Indian journal of veterinary science and animal husbandry - Volume 3,
Year: 1933
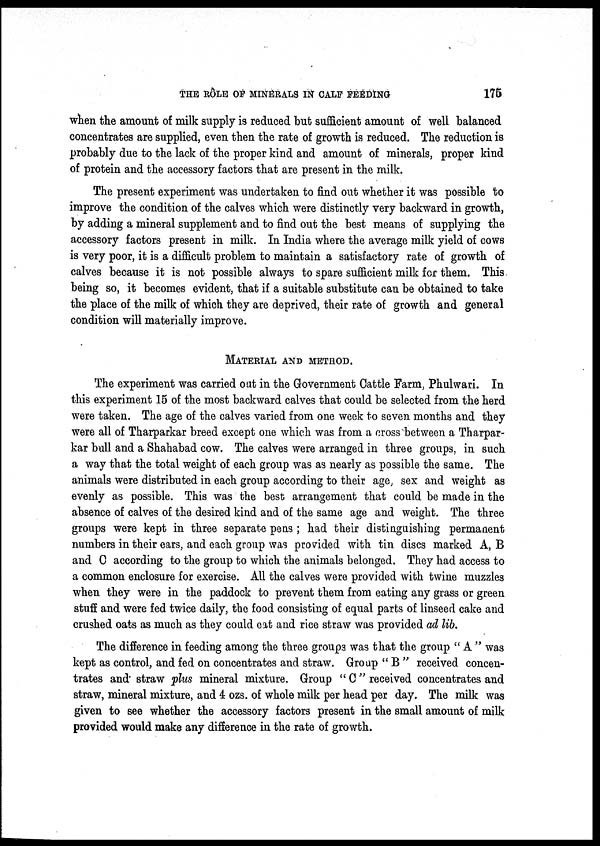
THE RÔLE OF MINERALS IN CALF FEEDING
175
when the amount of milk supply is reduced but sufficient amount of well balanced
concentrates are supplied, even then the rate of growth is reduced. The reduction is
probably due to the lack of the proper kind and amount of minerals, proper kind
of protein and the accessory factors that are present in the milk.
The present experiment was undertaken to find out whether it was possible to
improve the condition of the calves which were distinctly very backward in growth,
by adding a mineral supplement and to find out the best means of supplying the
accessory factors present in milk. In India where the average milk yield of cows
is very poor, it is a difficult problem to maintain a satisfactory rate of growth of
calves because it is not possible always to spare sufficient milk for them. This
being so, it becomes evident, that if a suitable substitute can be obtained to take
the place of the milk of which they are deprived, their rate of growth and general
condition will materially improve.
MATERIAL AND METHOD.
The experiment was carried out in the Government Cattle Farm, Phulwari. In
this experiment 15 of the most backward calves that could be selected from the herd
were taken. The age of the calves varied from one week to seven months and they
were all of Tharparkar breed except one which was from a cross between a Tharpar¬
kar bull and a Shahabad cow. The calves were arranged in three groups, in such
a way that the total weight of each group was as nearly as possible the same. The
animals were distributed in each group according to their age, sex and weight as
evenly as possible. This was the best arrangement that could be made in the
absence of calves of the desired kind and of the same age and weight. The three
groups were kept in three separate pens ; had their distinguishing permanent
numbers in their ears, and each group was provided with tin discs marked A, B
and C according to the group to which the animals belonged. They had access to
a common enclosure for exercise. All the calves were provided with twine muzzles
when they were in the paddock to prevent them from eating any grass or green
stuff and were fed twice daily, the food consisting of equal parts of linseed cake and
crushed oats as much as they could eat and rice straw was provided ad lib.
The difference in feeding among the three groups was that the group " A " was
kept as control, and fed on concentrates and straw. Group " B " received concen-
trates and' straw plus mineral mixture. Group " C " received concentrates and
straw, mineral mixture, and 4 ozs. of whole milk per head per day. The milk was
given to see whether the accessory factors present in the small amount of milk
provided would make any difference in the rate of growth.